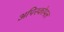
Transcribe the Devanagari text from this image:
अपिस्कोपल